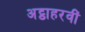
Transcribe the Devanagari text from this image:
अट्ठाहरवीं